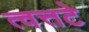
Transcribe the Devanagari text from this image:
त्वत्तटे